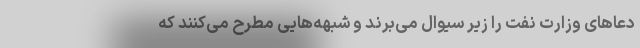
دعاهای وزارت نفت را زیر سیوال می‌برند و شبهه‌هایی مطرح می‌کنند که